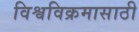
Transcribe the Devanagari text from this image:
विश्वविक्रमासाठी